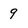
Character: 9